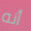
أنه